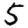
Digit: 5